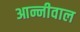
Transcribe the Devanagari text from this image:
आन्नीवाल